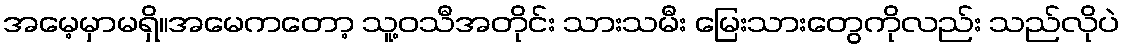
အမေ့မှာမရှိ။အမေကတော့ သူ့ဝသီအတိုင်း သားသမီး မြေးသားတွေကိုလည်း သည်လိုပဲ